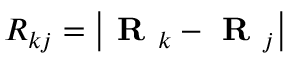
R _ { k j } = \left| \textbf { R } _ { k } - \textbf { R } _ { j } \right|